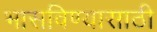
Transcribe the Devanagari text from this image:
भासविण्यासाठी